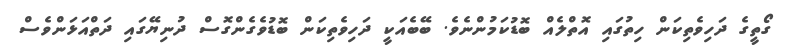
ގޯތީގެ ދަހިވެތިކަން ހިތުގައި އޮތްލެއް ބޮޑުކަމުންނެވެ. ބޭބެއަކީ ދަހިވެތިކަން ބޮޑުވެގެންގޮސް ދުނިޔޭގައި ދަތްއަޅަންވެސް